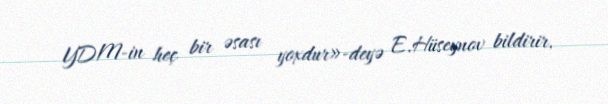
YDM-in heç bir əsası yoxdur»-deyə E.Hüseynov bildirir.